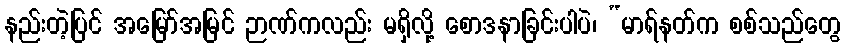
နည်းတဲ့ပြင် အမြော်အမြင် ဉာဏ်ကလည်း မရှိလို့ စောဒနာခြင်းပါပဲ၊ “မာရ်နတ်က စစ်သည်တွေ